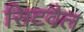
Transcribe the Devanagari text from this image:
सिटवैल